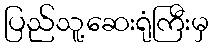
ပြည်သူ့ဆေးရုံကြီးမှ